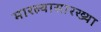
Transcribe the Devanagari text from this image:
मारल्यासारख्या